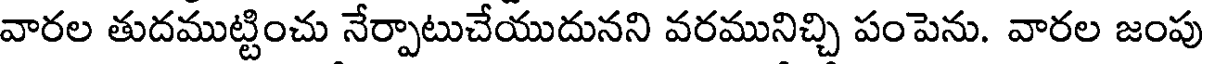
వారల తుదముట్టించు నేర్పాటుచేయుదునని వరమునిచ్చి పంపెను. వారల జంపు